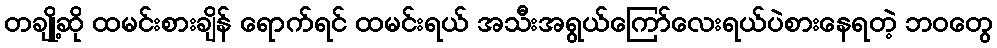
တချို့ဆို ထမင်းစားချိန် ရောက်ရင် ထမင်းရယ် အသီးအရွယ်ကြော်လေးရယ်ပဲစားနေရတဲ့ ဘဝတွေ